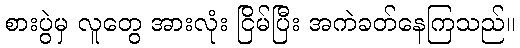
စားပွဲမှ လူတွေ အားလုံး ငြိမ်ပြီး အကဲခတ်နေကြသည်။